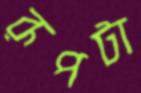
রূপটা